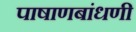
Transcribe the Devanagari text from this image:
पाषाणबांधणी